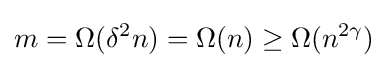
m=\Omega (\delta ^{2}n)=\Omega (n)\geq \Omega (n^{2\gamma })